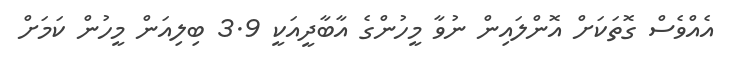
އެއްވެސް ގޮތަކަށް އޮންލައިން ނުވާ މީހުންގެ އާބާދީއަކީ 3.9 ބިލިއަން މީހުން ކަމަށް